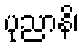
ပုညာနိ၊